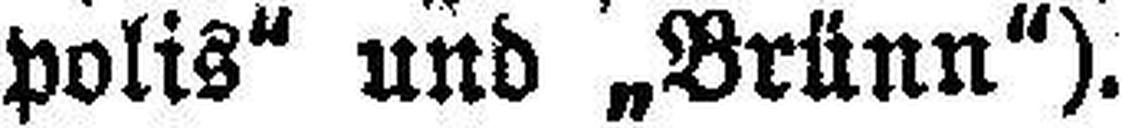
polis" und „Brünn").